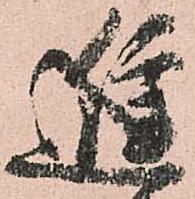
進